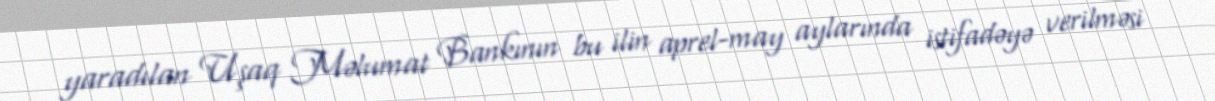
yaradılan Uşaq Məlumat Bankının bu ilin aprel-may aylarında istifadəyə verilməsi